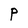
Character: P